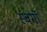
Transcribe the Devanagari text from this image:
स्वर्गो